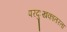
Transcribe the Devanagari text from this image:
परदुःखकातरता